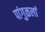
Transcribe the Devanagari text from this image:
पांगुळलां